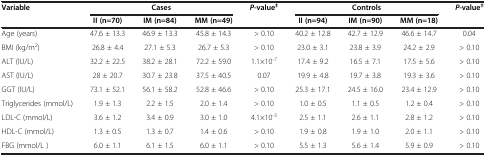
<table><thead><tr><td><b>Variable</b></td><td colspan="3"><b>Cases</b></td><td><b><i>P</i>-value<sup>‡</sup></b></td><td colspan="3"><b>Controls</b></td><td><b><i>P</i>-value<sup>‡</sup></b></td></tr><tr><td><b> </b></td><td><b>II (n=70)</b></td><td><b>IM (n=84)</b></td><td><b>MM (n=49)</b></td><td><b> </b></td><td><b>II (n=94)</b></td><td><b>IM (n=90)</b></td><td><b>MM (n=18)</b></td><td><b> </b></td></tr></thead><tbody><tr><td>Age (years)</td><td>47.6 ± 13.3</td><td>46.9 ± 13.3</td><td>45.8 ± 14.3</td><td>&gt; 0.10</td><td>40.2 ± 12.8</td><td>42.7 ± 12.9</td><td>46.6 ± 14.7</td><td>0.04</td></tr><tr><td>BMI (kg/m<sup>2</sup>)</td><td>26.8 ± 4.4</td><td>27.1 ± 5.3</td><td>26.7 ± 5.3</td><td>&gt; 0.10</td><td>23.0 ± 3.1</td><td>23.8 ± 3.9</td><td>24.2 ± 2.9</td><td>&gt; 0.10</td></tr><tr><td>ALT (IU/L)</td><td>32.2 ± 22.5</td><td>38.2 ± 28.1</td><td>72.2 ± 59.0</td><td>1.1×10<sup>-7</sup></td><td>17.4 ± 9.2</td><td>16.5 ± 7.1</td><td>17.5 ± 5.6</td><td>&gt; 0.10</td></tr><tr><td>AST (IU/L)</td><td>28 ± 20.7</td><td>30.7 ± 23.8</td><td>37.5 ± 40.5</td><td>0.07</td><td>19.9 ± 4.8</td><td>19.7 ± 3.8</td><td>19.3 ± 3.6</td><td>&gt; 0.10</td></tr><tr><td>GGT (IU/L)</td><td>73.1 ± 52.1</td><td>56.1 ± 58.2</td><td>52.8 ± 46.6</td><td>&gt; 0.10</td><td>25.3 ± 17.1</td><td>24.5 ± 16.0</td><td>23.4 ± 12.9</td><td>&gt; 0.10</td></tr><tr><td>Triglycerides (mmol/L)</td><td>1.9 ± 1.3</td><td>2.2 ± 1.5</td><td>2.0 ± 1.4</td><td>&gt; 0.10</td><td>1.0 ± 0.5</td><td>1.1 ± 0.5</td><td>1.2 ± 0.4</td><td>&gt; 0.10</td></tr><tr><td>LDL-C (mmol/L)</td><td>3.6 ± 1.2</td><td>3.4 ± 0.9</td><td>3.0 ± 1.0</td><td>4.1×10<sup>-3</sup></td><td>2.5 ± 1.1</td><td>2.6 ± 1.1</td><td>2.8 ± 1.2</td><td>&gt; 0.10</td></tr><tr><td>HDL-C (mmol/L)</td><td>1.3 ± 0.5</td><td>1.3 ± 0.7</td><td>1.4 ± 0.6</td><td>&gt; 0.10</td><td>1.9 ± 0.8</td><td>1.9 ± 1.0</td><td>2.0 ± 1.1</td><td>&gt; 0.10</td></tr><tr><td>FBG (mmol/L )</td><td>6.0 ± 1.1</td><td>6.1 ± 1.5</td><td>6.0 ± 1.1</td><td>&gt; 0.10</td><td>5.5 ± 1.3</td><td>5.6 ± 1.4</td><td>5.9 ± 0.9</td><td>&gt; 0.10</td></tr></tbody></table>